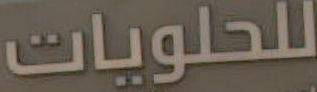
للحلويات